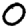
Digit: 0